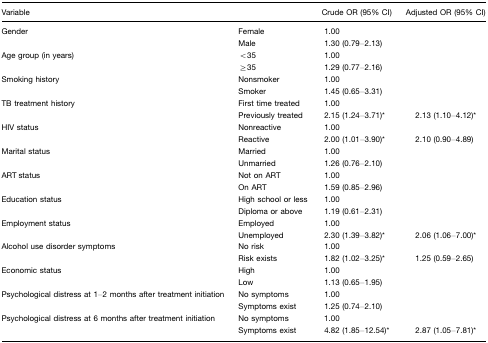
| Variable |  | Crude OR (95% CI) | Adjusted OR (95% CI) |
 | --- | --- | --- | --- |
 | Gender | Female | 1.00 |  |
 |  | Male | 1.30 (0.79–2.13) |  |
 | Age group (in years) | <35 | 1.00 |  |
 |  | ≥35 | 1.29 (0.77–2.16) |  |
 | Smoking history | Nonsmoker | 1.00 |  |
 |  | Smoker | 1.45 (0.65–3.31) |  |
 | TB treatment history | First time treated | 1.00 |  |
 |  | Previously treated | 2.15 (1.24–3.71)* | 2.13 (1.10–4.12)* |
 | HIV status | Nonreactive | 1.00 |  |
 |  | Reactive | 2.00 (1.01–3.90)* | 2.10 (0.90–4.89) |
 | Marital status | Married | 1.00 |  |
 |  | Unmarried | 1.26 (0.76–2.10) |  |
 | ART status | Not on ART | 1.00 |  |
 |  | On ART | 1.59 (0.85–2.96) |  |
 | Education status | High school or less | 1.00 |  |
 |  | Diploma or above | 1.19 (0.61–2.31) |  |
 | Employment status | Employed | 1.00 |  |
 |  | Unemployed | 2.30 (1.39–3.82)* | 2.06 (1.06–7.00)* |
 | Alcohol use disorder symptoms | No risk | 1.00 |  |
 |  | Risk exists | 1.82 (1.02–3.25)* | 1.25 (0.59–2.65) |
 | Economic status | High | 1.00 |  |
 |  | Low | 1.13 (0.65–1.95) |  |
 | Psychological distress at 1–2 months after treatment initiation | No symptoms | 1.00 |  |
 |  | Symptoms exist | 1.25 (0.74–2.10) |  |
 | Psychological distress at 6 months after treatment initiation | No symptoms | 1.00 |  |
 |  | Symptoms exist | 4.82 (1.85–12.54)* | 2.87 (1.05–7.81)* |